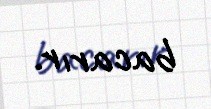
bacarır.